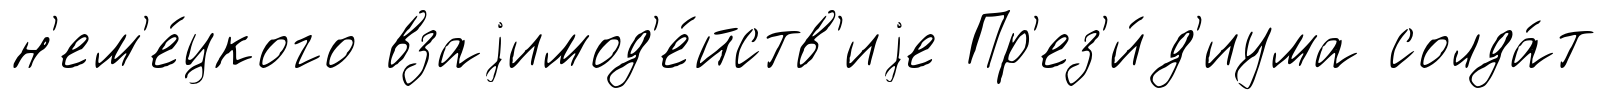
н'ем'е́цкого взаjимод'е́йств'иjе Пр'ез'и́д'иума солда́т